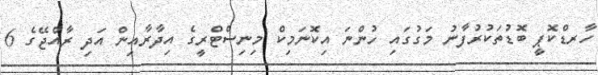
ހާރޑްކޮޕީ ބޮޑުތަކުރުފާނު މަގުގައި ހުންނަ އިކޮނަމިކް މިނިސްޓްރީގެ އިދާރާއިން އަދި ރާއްޖޭގެ 6